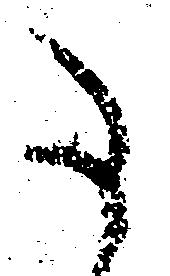
た